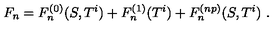
F _ { n } = F _ { n } ^ { ( 0 ) } ( S , T ^ { i } ) + F _ { n } ^ { ( 1 ) } ( T ^ { i } ) + F _ { n } ^ { ( n p ) } ( S , T ^ { i } ) \ .